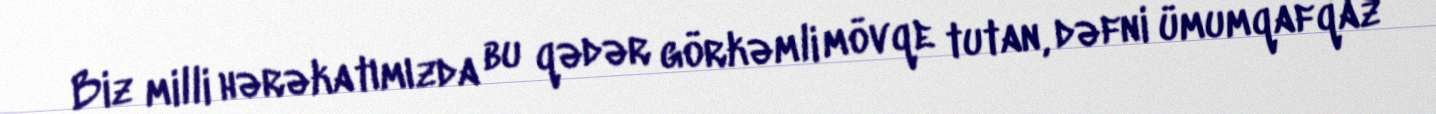
Biz milli hərəkatımızda bu qədər görkəmli mövqe tutan, dəfni ümumqafqaz